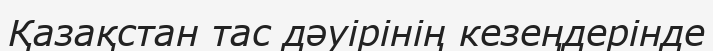
Қазақстан тас дәуірінің кезеңдерінде